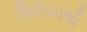
સિરિયાથી